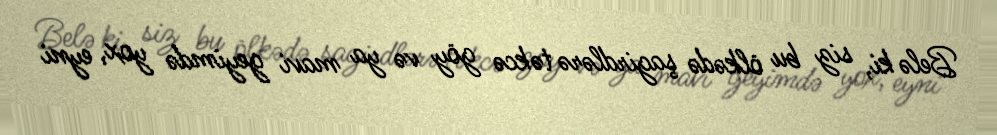
Belə ki, siz bu ölkədə şagirdlərə təkcə göy və ya mavi geyimdə yox, eyni